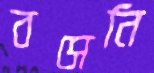
বসেনি